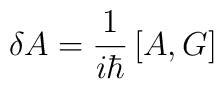
\delta A=\frac{1}{i\hbar}\left[ A, G\right]